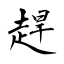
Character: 趕